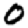
Digit: 0